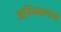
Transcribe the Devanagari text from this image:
अग्निबाणांची